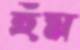
হুঁম